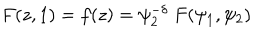
LaTeX: F ( z , 1 ) = f ( z ) = \psi _ { 2 } ^ { - \delta } ~ F ( \psi _ { 1 } , \psi _ { 2 } )